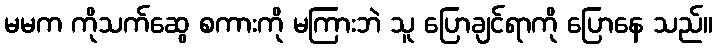
မမက ကိုသက်ဆွေ စကားကို မကြားဘဲ သူ ပြောချင်ရာကို ပြောနေ သည်။